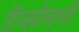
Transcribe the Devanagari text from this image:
डॅप्सोनची